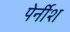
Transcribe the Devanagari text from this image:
पेर्नीश